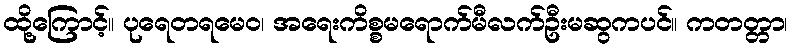
ထို့ကြောင့်။ ပုရေတရမေဝ၊ အရေးကိစ္စမရောက်မီလက်ဦးမဆွကပင်။ ကတတ္တာ၊